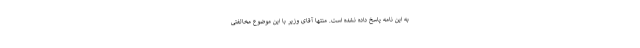
به این نامه پاسخ داده نشده است. منتها آقای وزیر با این موضوع مخالفتی